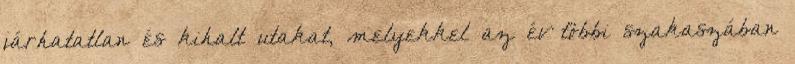
járhatatlan és kihalt utakat, melyekkel az év többi szakaszában